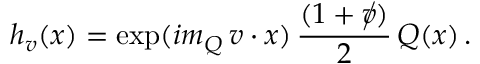
h _ { v } ( x ) = \exp ( i m _ { Q } \, v \cdot x ) \, { \frac { ( 1 + \rlap / v ) } { 2 } } \, Q ( x ) \, .